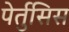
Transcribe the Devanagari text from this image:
पेर्तुसिस